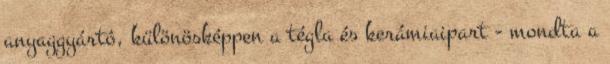
anyaggyártó, különösképpen a tégla és kerámiaipart - mondta a